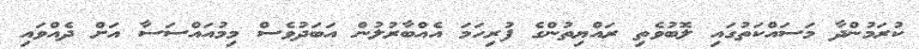
ކުރަމުންދާ މަސައްކަތުގައި ލޮބުވެތި ރައްޔިތުންގެ ފުރިހަމަ އެއްބާރުލުން އަބަދުވެސް މިމުއައްސަސާ އަށް ދެއްވައި